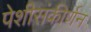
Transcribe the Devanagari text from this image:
पेशीसंकीर्णन